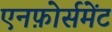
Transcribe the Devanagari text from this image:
एनफ़ोर्समेंट